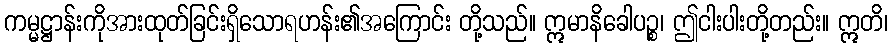
ကမ္မဋ္ဌာန်းကိုအားထုတ်ခြင်းရှိသောရဟန်း၏အကြောင်း တို့သည်။ ဣမာနိခေါပဉ္စ၊ ဤငါးပါးတို့တည်း။ ဣတိ၊